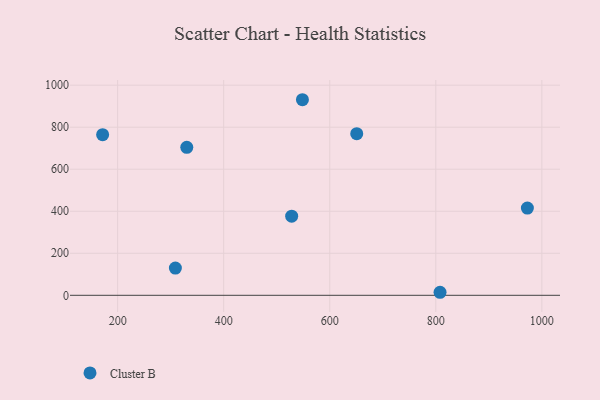
{"axis": {"x": "Distance", "y": "Sales"}, "legend": ["Cluster B"], "data": [{"x": "972.7", "y": 415.1, "type": "Cluster B"}, {"x": "528.2", "y": 376.7, "type": "Cluster B"}, {"x": "650.9", "y": 769.1, "type": "Cluster B"}, {"x": "548.5", "y": 930.7, "type": "Cluster B"}, {"x": "308.9", "y": 129.7, "type": "Cluster B"}, {"x": "808.0", "y": 14.4, "type": "Cluster B"}, {"x": "330.4", "y": 704.4, "type": "Cluster B"}, {"x": "171.7", "y": 764.6, "type": "Cluster B"}]}